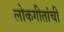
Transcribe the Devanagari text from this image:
लोकगीतांची